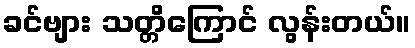
ခင်ဗျား သတ္တိကြောင် လွန်းတယ်။